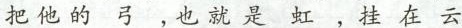
把他的弓，也就是虹，挂在云